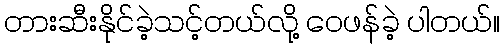
တားဆီးနိုင်ခဲ့သင့်တယ်လို့ ဝေဖန်ခဲ့ ပါတယ်။